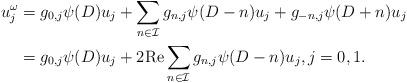
LaTeX: \begin{align*}u_j^\omega&=g_{0,j} \psi(D)u_j+\sum_{n\in \mathcal I}g_{n,j}\psi (D-n)u_j + g_{-n,j}\psi (D+n)u_j\\&=g_{0,j} \psi(D)u_j+2{\rm Re} \sum_{n\in \mathcal I}g_{n,j} \psi(D-n)u_j, j=0,1.\end{align*}